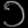
Digit: ၁